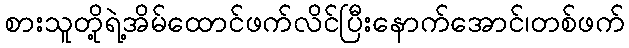
စားသူတို့ရဲ့အိမ်ထောင်ဖက်လိင်ပြီးနောက်အောင်၊တစ်ဖက်